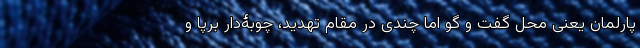
پارلمان یعنی محل گفت و گو اما چندی در مقام تهدید، چوبۀ‌دار برپا و